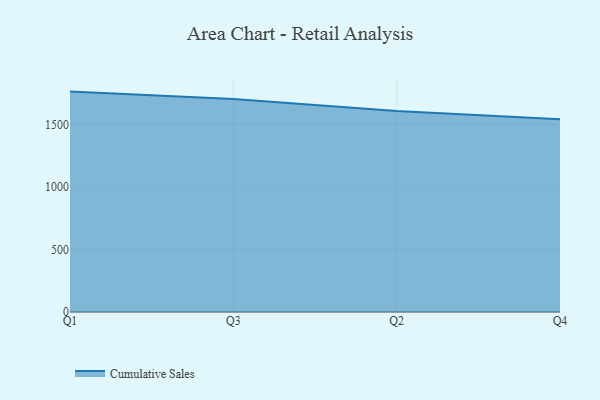
{"axis": {"x": "Quarter", "y": "Demand Index"}, "legend": ["Cumulative Sales"], "data": [{"x": "Q1", "y": 1762.5, "type": "Cumulative Sales"}, {"x": "Q3", "y": 1704.0, "type": "Cumulative Sales"}, {"x": "Q2", "y": 1608.3, "type": "Cumulative Sales"}, {"x": "Q4", "y": 1541.8, "type": "Cumulative Sales"}]}